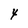
Character: 4